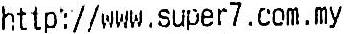
HTTP://WWW.SUPER7.COM.MY